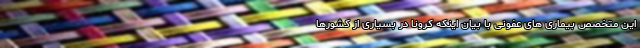
این متخصص بیماری های عفونی با بیان اینکه کرونا در بسیاری از کشورها